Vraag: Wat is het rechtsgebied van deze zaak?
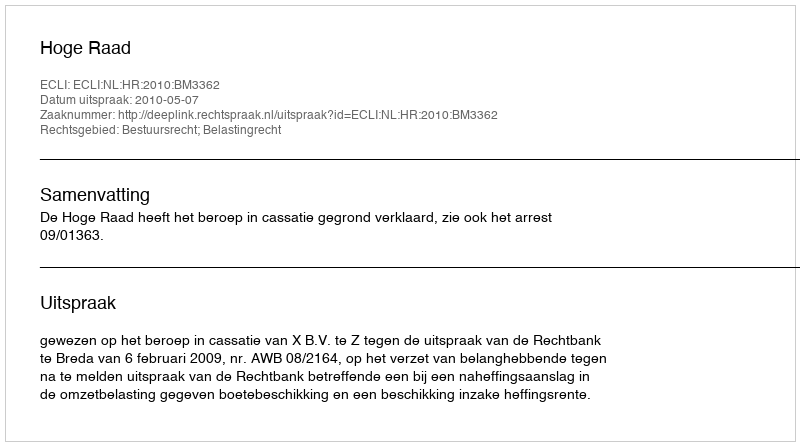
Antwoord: Bestuursrecht; Belastingrecht